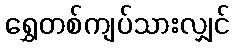
ရွှေတစ်ကျပ်သားလျှင်